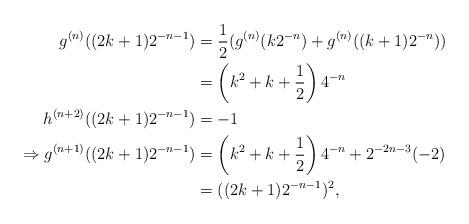
LaTeX: \begin{align*} g^{(n)}((2k+1)2^{-n-1}) &= \frac{1}{2}(g^{(n)}(k2^{-n}) + g^{(n)}((k+1)2^{-n})) \\ &= \left(k^2+k+\frac{1}{2}\right)4^{-n} \\ h^{(n+2)}((2k+1)2^{-n-1}) &= -1 \\ \Rightarrow g^{(n+1)}((2k+1)2^{-n-1}) &= \left(k^2+k+\frac{1}{2}\right)4^{-n} + 2^{-2n-3} (-2) \\ &= ((2k+1)2^{-n-1})^2,\end{align*}